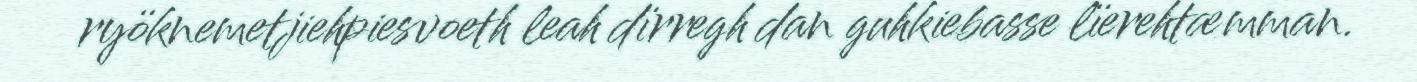
ryöknemetjiehpiesvoeth leah dïrregh dan guhkiebasse lïerehtæmman.